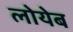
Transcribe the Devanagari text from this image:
लोयेब